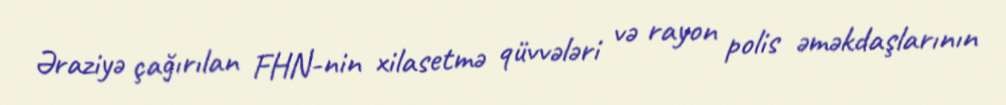
Əraziyə çağırılan FHN-nin xilasetmə qüvvələri və rayon polis əməkdaşlarının